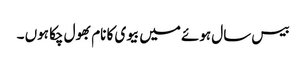
بیس سال ہوئے میں بیوی کا نام بھول چکا ہوں ۔